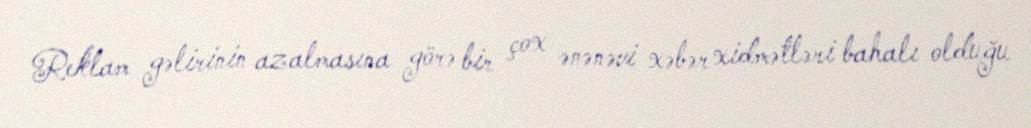
Reklam gəlirinin azalmasına görə bir çox ənənəvi xəbər xidmətləri bahalı olduğu